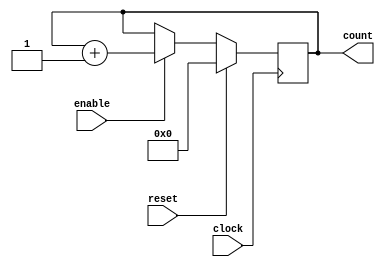
`timescale 1ns / 100ps

module counter_16 (
  clock, 
  enable, 
  reset, 
  count
 );
 
 parameter BIT_SZ = 16; 
 input clock; 
 input enable; 
 input reset; 
 output [BIT_SZ-1:0] count; 
 
 reg[BIT_SZ-1:0] count; 
 
 initial count = 0; 
 
 always @ (posedge clock)
	if (reset==1'b1)
		count <= 0; 
	else if(enable==1'b1)
		count <= count + 1'b1; 
endmodule